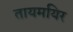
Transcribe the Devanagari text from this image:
तायमयिर